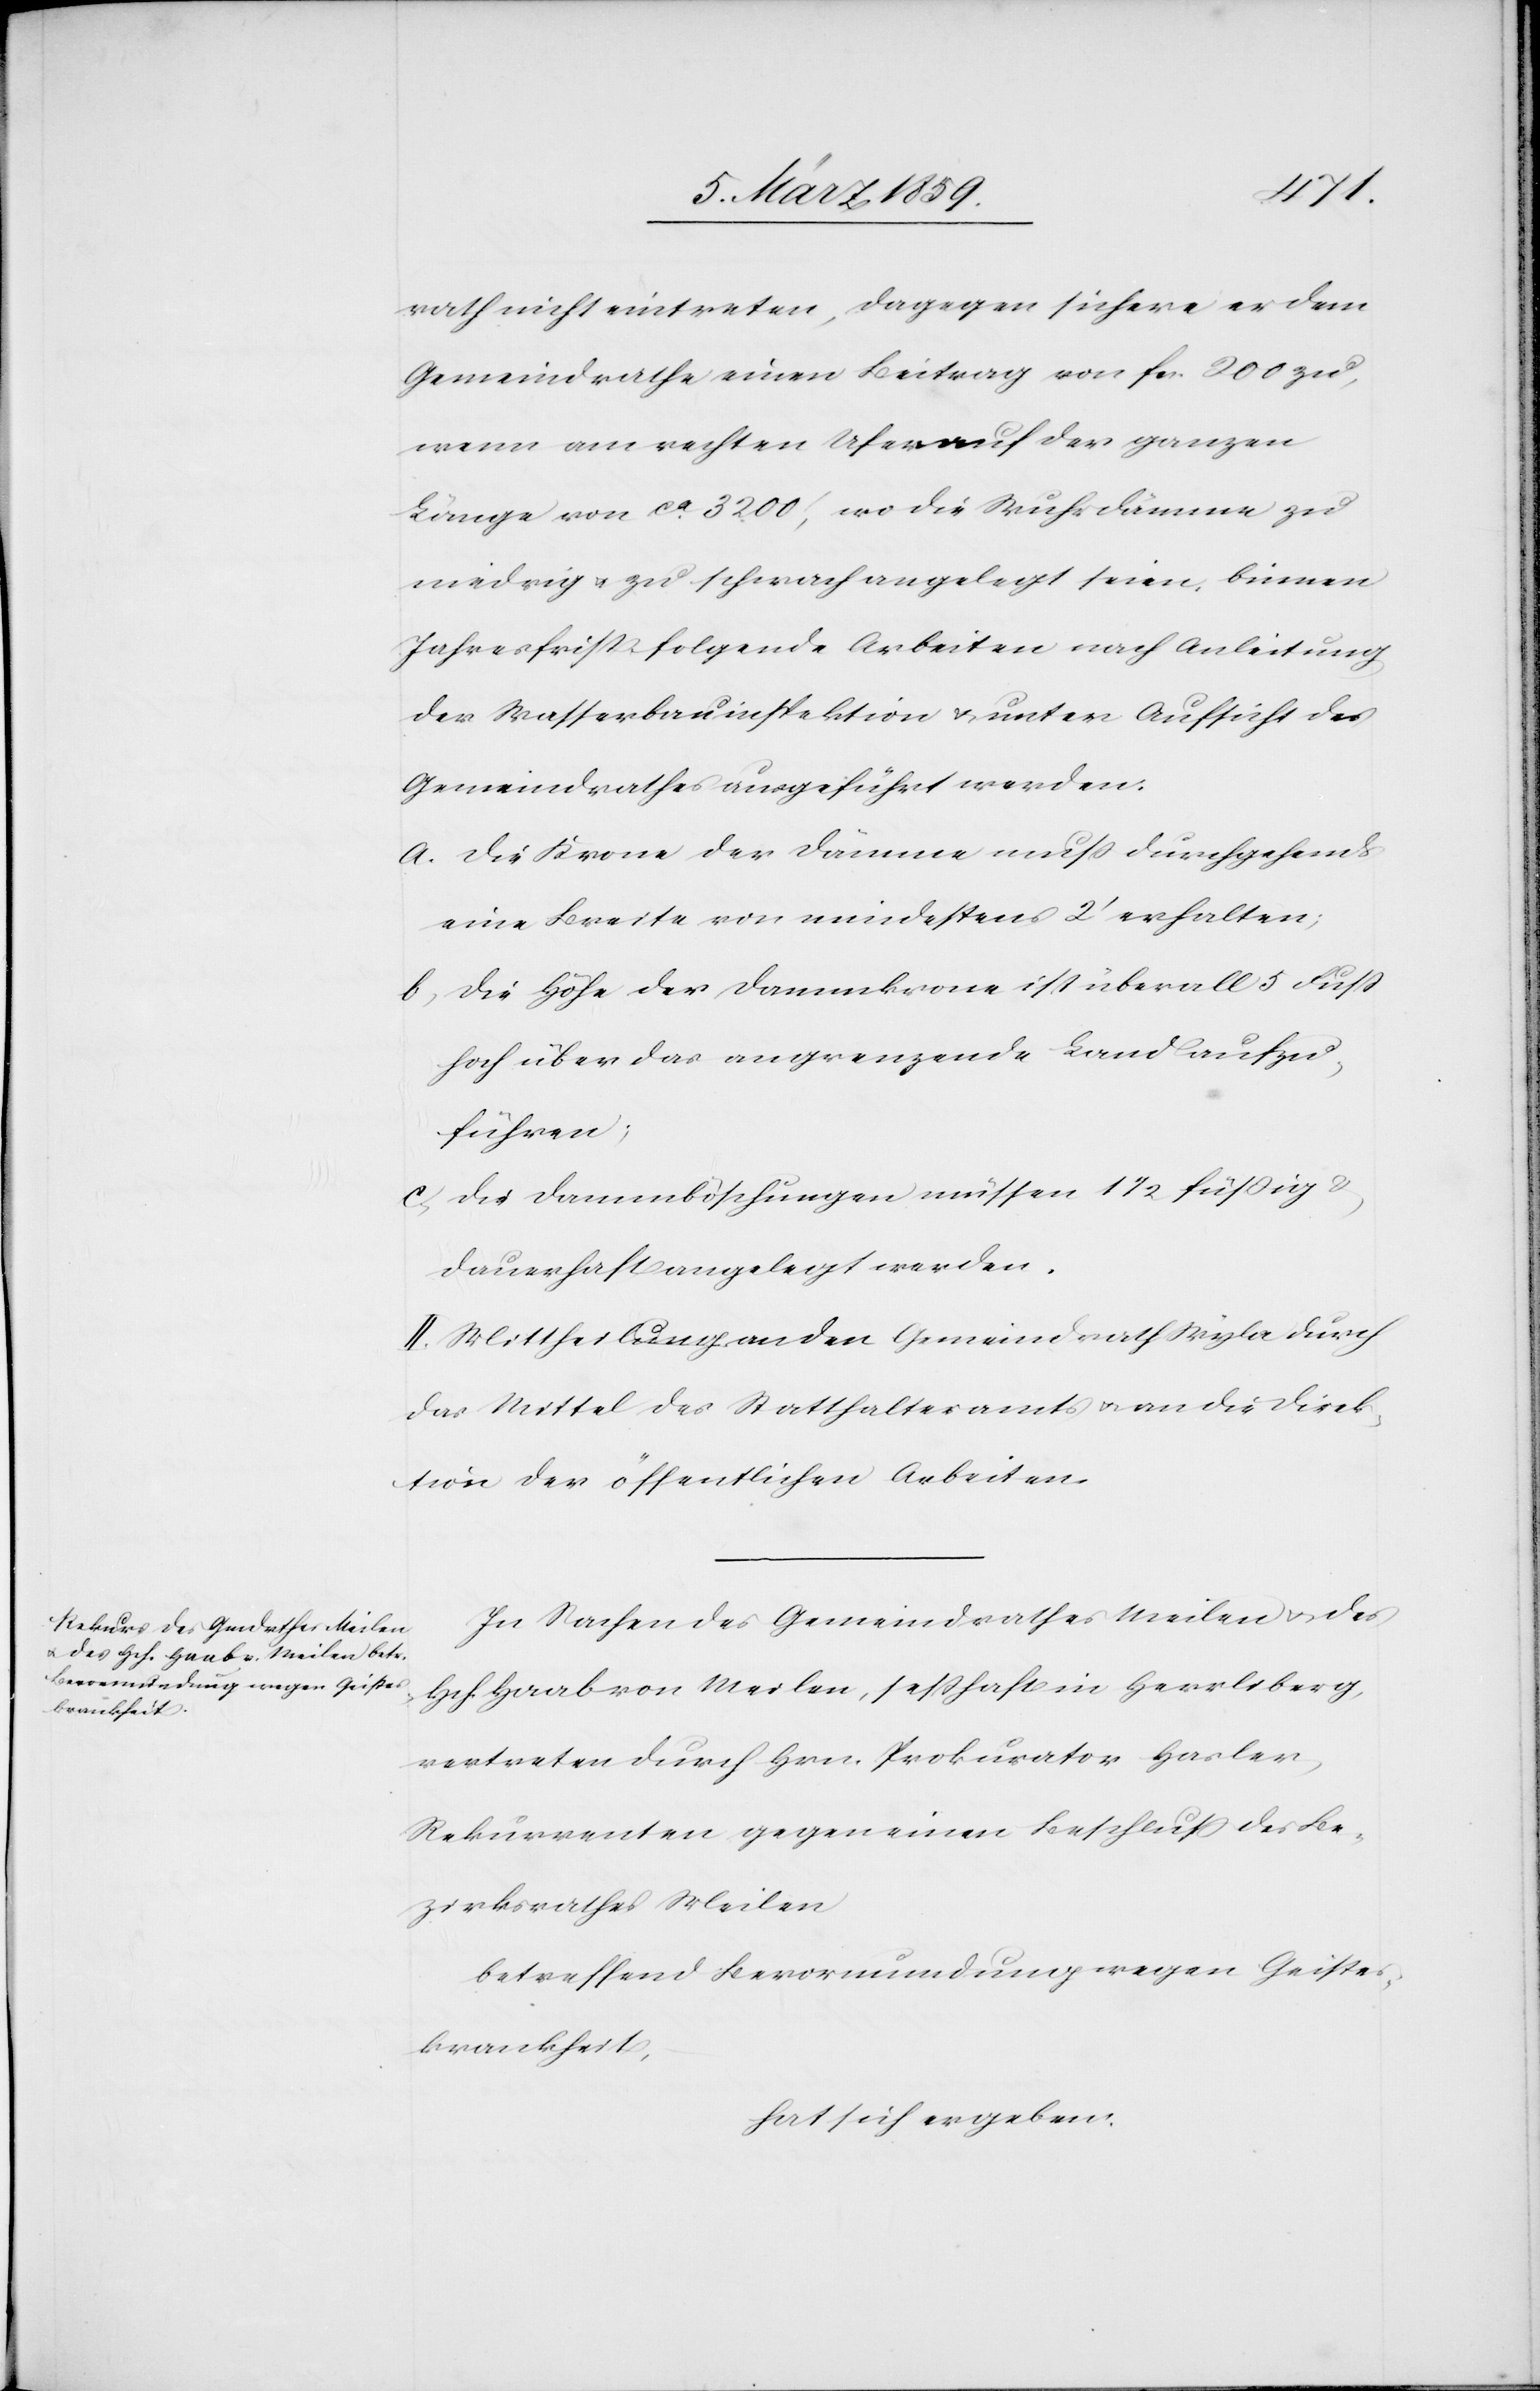
rath nicht eintreten, dagegen sichere er dem
Gemeindrathe einen Beitrag von fcs. 200 zu,
wenn am rechten Ufer auf der ganzen
Länge von ca. 3200‘, wo die Wuhrdämme zu
niedrig u. zu schwach angelegt seien, binnen
Jahresfrist folgende Arbeiten nach Anleitung
der Wasserbauinspektion & unter Aufsicht des
Gemeindrathes ausgeführt werden:
a) die Krone der Dämme muß durchgehend
eine Breite von mindestens 2‘ erhalten;
b) die Höhe der Dammkrone ist überall 5 Fuß
hoch über das angrenzende Land aufzu¬
führen;
c) die Dammböschungen müssen 1 1/2 füßig &
dauerhaft angelegt werden.
II. Mittheilung an den Gemeindrath Wyla durch
das Mittel des Statthalteramts u. an die Direk¬
tion der öffentlichen Arbeiten.
In Sachen des Gemeindrathes Meilen u. des
Hch. Haab von Meilen, seßhaft in Herrliberg,
vertreten durch Hrn. Prokurator Hasler,
Rekurrenten gegen einen Beschluß des Be¬
zirksrathes Meilen
betreffend Bevormundung wegen Geistes¬
krankheit,
hat sich ergeben: